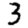
Digit: 3